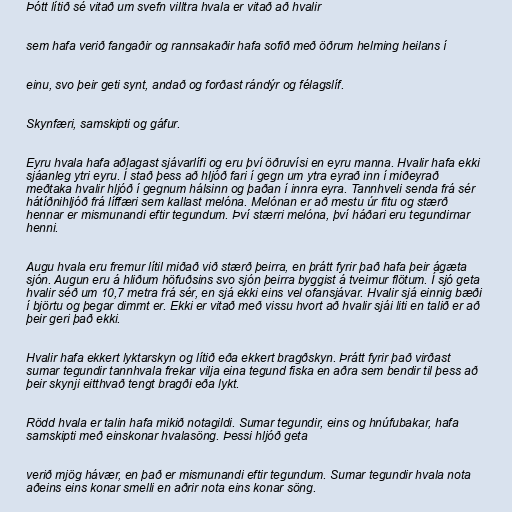
Þótt lítið sé vitað um svefn villtra hvala er vitað að hvalir

sem hafa verið fangaðir og rannsakaðir hafa sofið með öðrum helming heilans í

einu, svo þeir geti synt, andað og forðast rándýr og félagslíf.

Skynfæri, samskipti og gáfur.

Eyru hvala hafa aðlagast sjávarlífi og eru því öðruvísi en eyru manna. Hvalir hafa ekki
sjáanleg ytri eyru. Í stað þess að hljóð fari í gegn um ytra eyrað inn í miðeyrað
meðtaka hvalir hljóð í gegnum hálsinn og þaðan í innra eyra. Tannhveli senda frá sér
hátíðnihljóð frá líffæri sem kallast melóna. Melónan er að mestu úr fitu og stærð
hennar er mismunandi eftir tegundum. Því stærri melóna, því háðari eru tegundirnar
henni.

Augu hvala eru fremur lítil miðað við stærð þeirra, en þrátt fyrir það hafa þeir ágæta
sjón. Augun eru á hliðum höfuðsins svo sjón þeirra byggist á tveimur flötum. Í sjó geta
hvalir séð um 10,7 metra frá sér, en sjá ekki eins vel ofansjávar. Hvalir sjá einnig bæði
í björtu og þegar dimmt er. Ekki er vitað með vissu hvort að hvalir sjái liti en talið er að
þeir geri það ekki.

Hvalir hafa ekkert lyktarskyn og lítið eða ekkert bragðskyn. Þrátt fyrir það virðast
sumar tegundir tannhvala frekar vilja eina tegund fiska en aðra sem bendir til þess að
þeir skynji eitthvað tengt bragði eða lykt.

Rödd hvala er talin hafa mikið notagildi. Sumar tegundir, eins og hnúfubakar, hafa
samskipti með einskonar hvalasöng. Þessi hljóð geta

verið mjög hávær, en það er mismunandi eftir tegundum. Sumar tegundir hvala nota
aðeins eins konar smelli en aðrir nota eins konar söng.